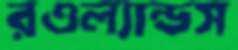
রওল্যান্ডস